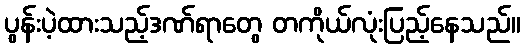
ပွန်းပဲ့ထားသည့်ဒဏ်ရာတွေ တကိုယ်လုံးပြည့်နေသည်။